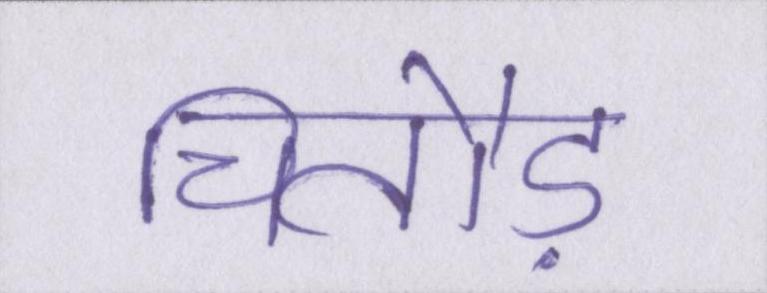
चितौड़